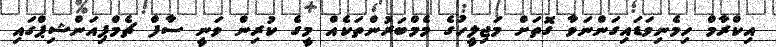
އިކްރާމް ހިމެނިވަޑައިގަންނަވާ ގޮތަށް މަޖިލީހުގެ މެމްބަރުންތަކެއް މީގެ ކުރިން ވަނީ ސާފް ޗެމްޕިއަންޝިޕްގައި